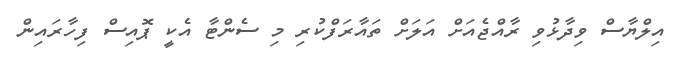
އިލްޔާސް ވިދާޅުވި ރާއްޖެއަށް އަލަށް ތައާރަފްކުރި މި ސެންޓާ އެކީ ޕޮއިސް ފިިހާރައިން